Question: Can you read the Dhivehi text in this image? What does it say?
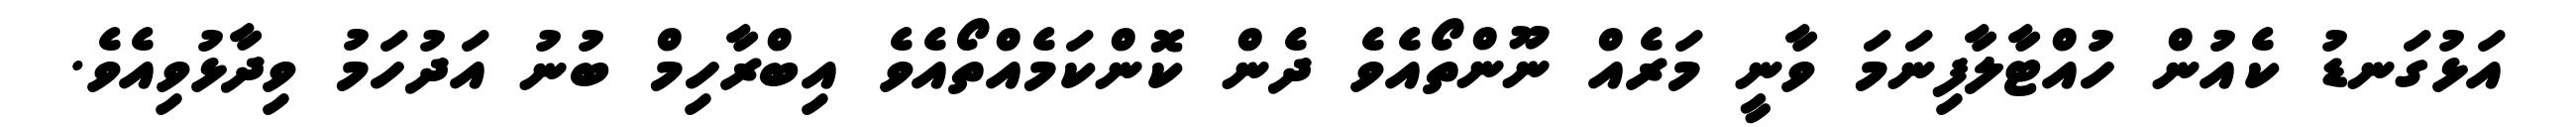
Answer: އަޅުގަނޑު ކެއުން ހުއްޓާލާފިނަމަ ވާނީ މަރެއް ނޫންތޯއެވެ ދެން ކޮންކަމެއްތޯއެވެ އިބްރާހިމް ބުނު އަދުހަމު ވިދާޅުވިއެވެ.